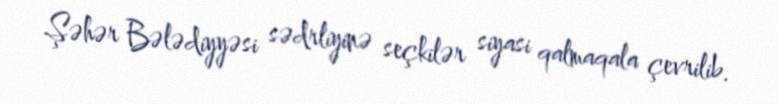
Şəhər Bələdiyyəsi sədrliyinə seçkilər siyasi qalmaqala çevrilib.